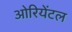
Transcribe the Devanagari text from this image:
ओरियेंटल